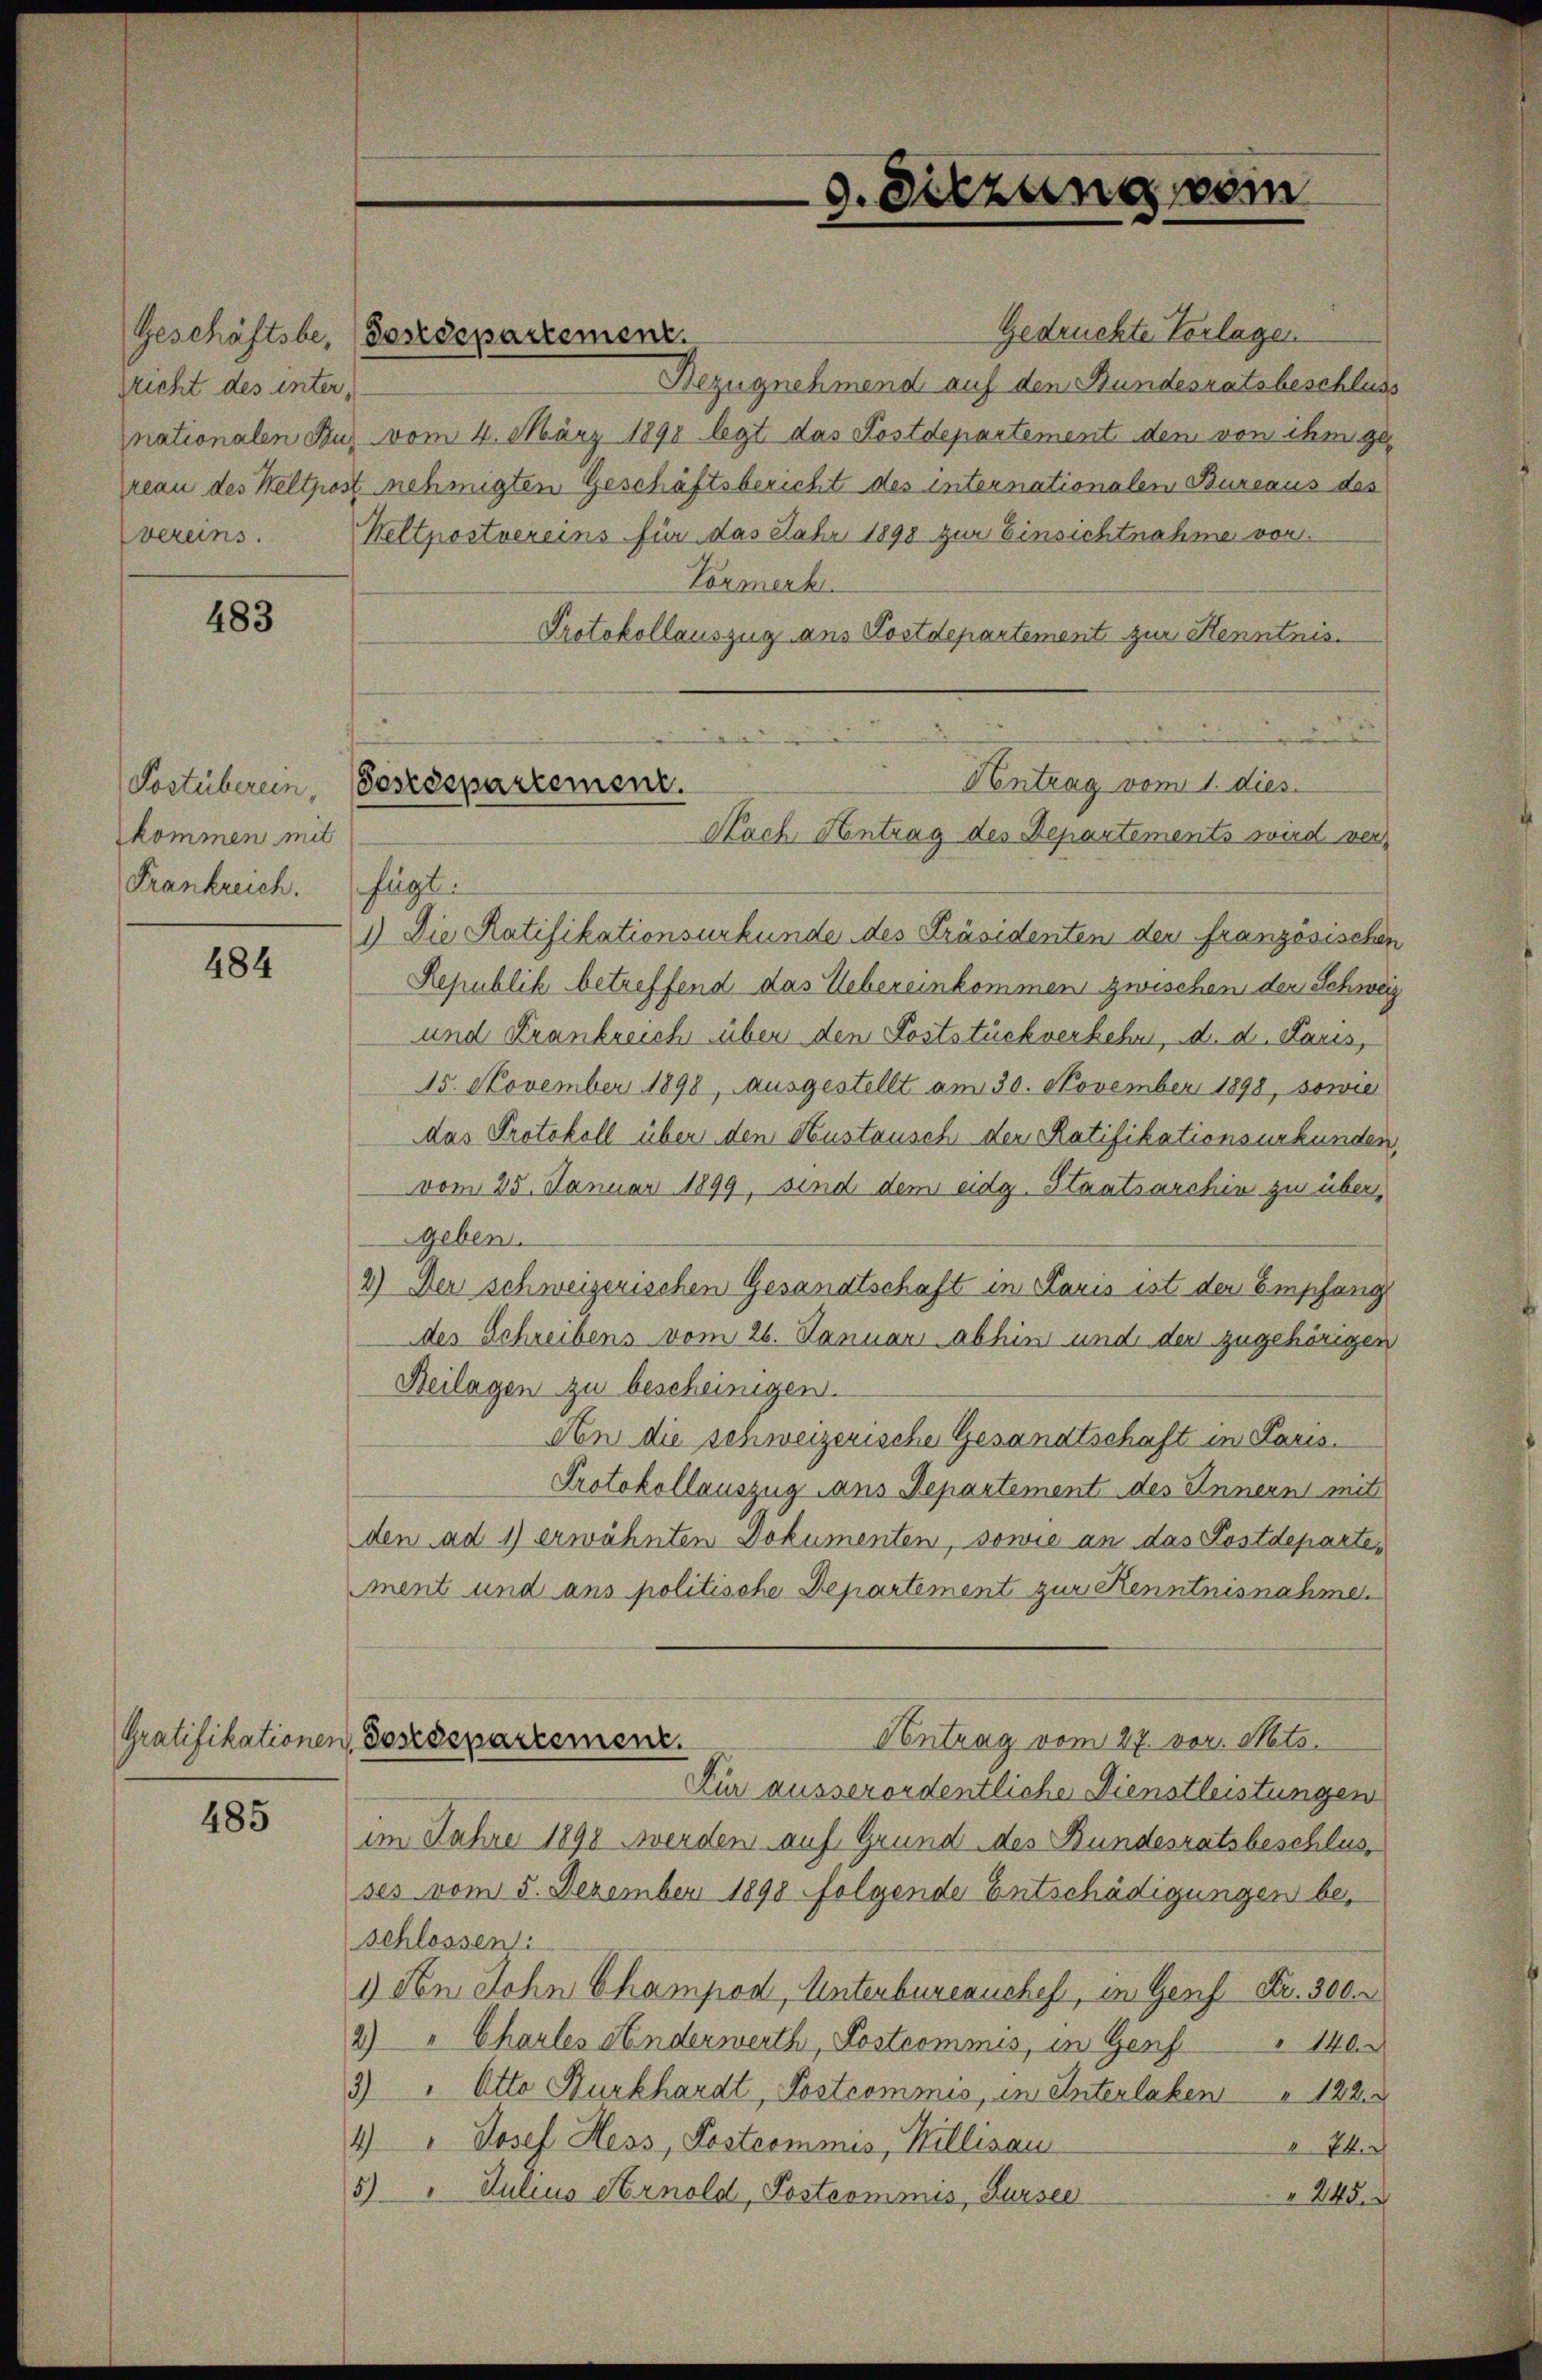
richt des inter,
nationalen Fin
reau des Weltpos
vereins.

483

kommen mit
Frankreich. fügt:

484

485

Gedruckte Vorlagen
Bezugnehmend auf den Bundesratsbeschluss
 vom 4. März 1890 legt das Postdepartement den von ihm ge¬
4 nehmigten Geschäftsbericht des internationalen Bureaus des
Weltpostvereins für das Jahr 1898 zur Einsichtnahme von
Vormerk
Protokollauszug ans Postdepartement zur Kenntnis.
1.) Die Ratifikationsurkunde des Präsidenten der französischen
Republik betreffend das Uebereinkommens zwischen der Schweiz
und Frankreich über den Poststückverkehr, d. d. Paris,
15. November 1898, ausgestellt am 30. November 1898, sowie
das Protokoll über den Hustausch den Ratifikationsurkunden,
vom 25. Januar 1899, sind dem eidg. Staatsarchin zu übergeben.
2) Der schweizerischen Gesandtschaft in Paris ist der Empfang
der Schreibens vom 26. Januar abhin und der zugehörigen
Beilagen zu bescheinigen.
An die senweizerische Gesandtschaft in Paris.
Protokollauszug aus Departement des Innern mit
den ad 1) erwähnten Dokumenten, sowie an das Postdepartement und ans politische Departement zur Kenntnisnahme.
Gratifikationen Postdepartement.
Contrag vom 27. vor. Mts.
Kür ausserordentliche Dienstleistungen
im Jahre 1890 werden auf Grund des Bundesratsbeschlusses vom 5. Dezember 1898 folgende Entschädigungen beschlossen:
1) den John Champod, Unterbureauches, in Genf Fr. 300.
2) " Charles Kinderwerth, Postcommis, in Genf
140.
3) " Otto Burkhardt, Postrommis, in Interlaken 122.
4) " Josef Hess, Postcommis, Willisau
E
5) " Julius Arnold, Postcommis, Sursee
 245.

Geschäftsbe, (Postdepartement.

Antrag vom 1. dies
Postüberein, Geserspartement.
Nach Antrag des Departements wird ver-

9. Sitzung vom